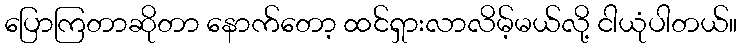
ပြောကြတာဆိုတာ နောက်တော့ ထင်ရှားလာလိမ့်မယ်လို့ ငါယုံပါတယ်။